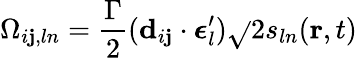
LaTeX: \Omega_{i\mathbf{j},ln}=\frac{{\Gamma}}{{2}}(\mathbf{{d}}_{i\mathbf{j}}\cdot\boldsymbol{\epsilon}_{l}^{\prime})\sqrt{}{{2s_{ln}(\mathbf{{r}},t)}}